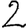
Digit: 2